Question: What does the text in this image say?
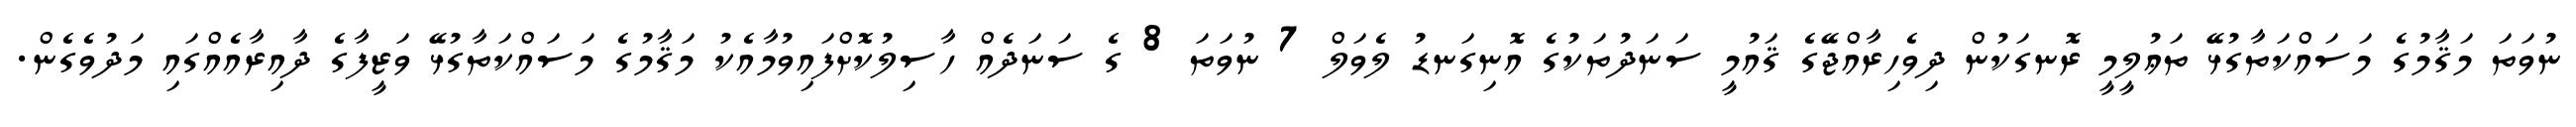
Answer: ނުވަތަ މަޤާމުގެ މަސައްކަތާގުޅޭ ތަޢުލީމީ ރޮނގަކުން ދިވެހިރާއްޖޭގެ ޤައުމީ ސަނަދުތަކުގެ އޮނިގަނޑު ލެވަލް 7 ނުވަތަ 8 ގެ ސަނަދެއް ހާސިލުކޮށްފައިވުމާއެކު މަޤާމުގެ މަސައްކަތާގުޅޭ ވަޒީފާގެ ދާއިރާއެއްގައި މަދުވެގެން.